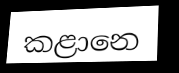
කළානෙ